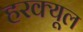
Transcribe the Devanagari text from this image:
हरक्यूल